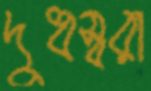
দুধস্বরা